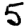
Digit: 5